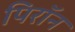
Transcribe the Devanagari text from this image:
पिरॉन